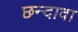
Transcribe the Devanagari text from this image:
छन्दावा